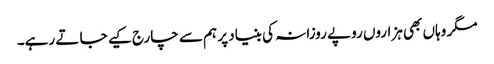
مگر وہاں بھی ہزاروں روپے روزانہ کی بنیاد پر ہم سے چارج کیے جا تے رہے۔